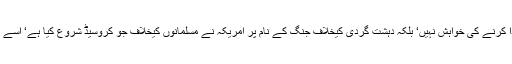
یہ کشمیریوں سے محبت یا پاکستان سے حق دوستی ادا کرنے کی خواہش نہیں‘ بلکہ دہشت گردی کیخلاف جنگ کے نام پر امریکہ نے مسلمانوں کیخلاف جو کروسیڈ شروع کیا ہے‘ اسے کامیابی سے ہمکنار کرنے کی کوششوں کا حصہ ہے۔